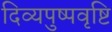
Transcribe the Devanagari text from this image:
दिव्यपुष्पवृष्टि